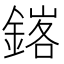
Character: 𨩟